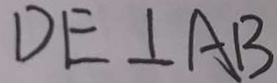
D E \bot A B